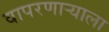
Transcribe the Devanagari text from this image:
वापरणाऱ्याला